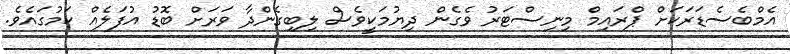
އެމްބެސެޑަރަކަށް ޕްރައިމް މިނިސްޓަރު ވެގެން ދިޔުމަކީވެސް ލިބިގެންދާ ވަރަށް ބޮޑު އުފަލެއް ކަމުގައެވެ.